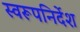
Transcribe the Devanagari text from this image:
स्वरूपनिर्देश